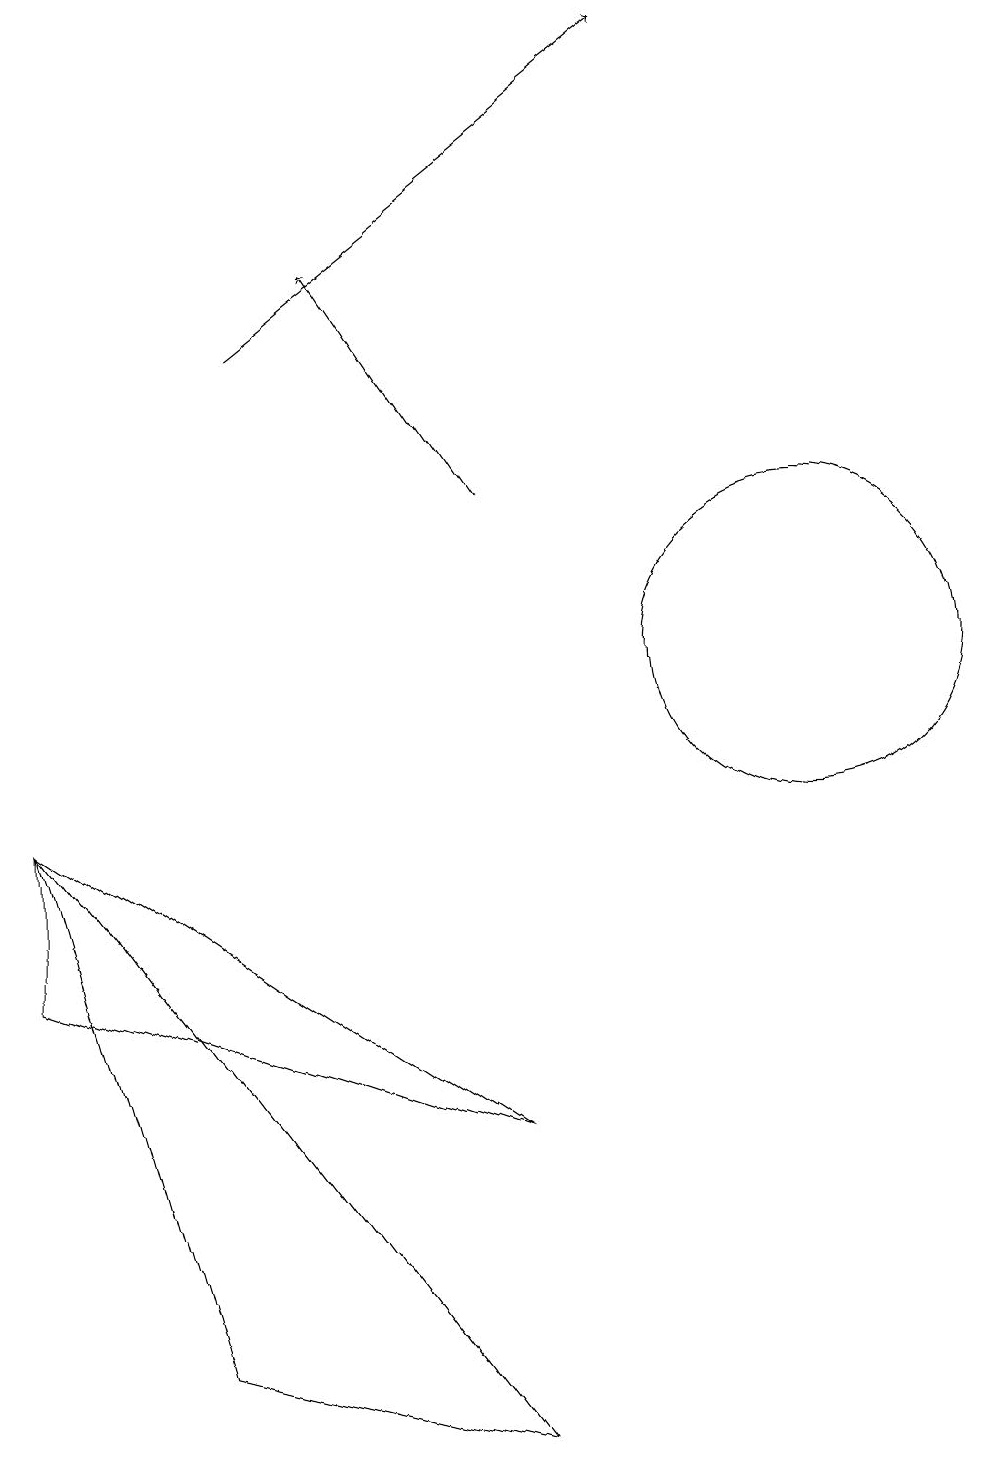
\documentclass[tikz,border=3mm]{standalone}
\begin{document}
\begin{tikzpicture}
\draw[->] (7,13) -- (5,16);
\draw (1,9) -- (1,7) -- (7,5) -- cycle;
\draw (7,1) -- (1,9) -- (3,2) -- cycle;
\draw[->] (4,15) -- (9,19);
\draw (11,11) circle (2);
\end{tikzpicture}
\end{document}